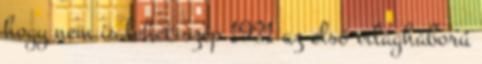
hogy nem is lehet szép 1931 az első világháború